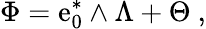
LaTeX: \Phi=\mathrm{e}_{0}^{*}\wedge\Lambda+\Theta~,